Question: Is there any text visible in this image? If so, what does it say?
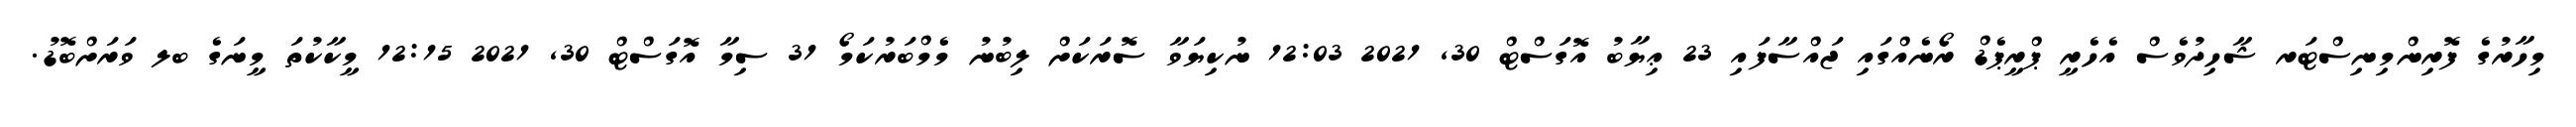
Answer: މިހާރުގެ ފޮރިންމިނިސްޓަރ ޝާހިދުވެސް އެހެރީ ޕްރީޕެޑް ރޯނެއްގައި ޖައްސާފައި 23 ޢިޔާބު އޮގަސްޓް 30, 2021 12:03 ނުކިޔަވާ ސޮރަކަށް ލިބުނު މެމްބަރުކަމޯ 31 ސިމާ އޮގަސްޓް 30, 2021 12:15 މީކާކުތަ މީނަގެ ބލ ވަރަށްބޮޑު.